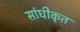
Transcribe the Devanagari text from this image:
सांघीकृत